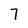
Character: 7